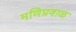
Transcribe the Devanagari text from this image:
मणिप्रवाळ